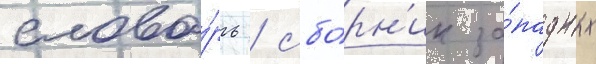
слова́рь / сбо́рн'ик за́падных